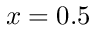
x = 0 . 5